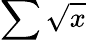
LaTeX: \sum\sqrt{x}